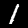
Label: 1